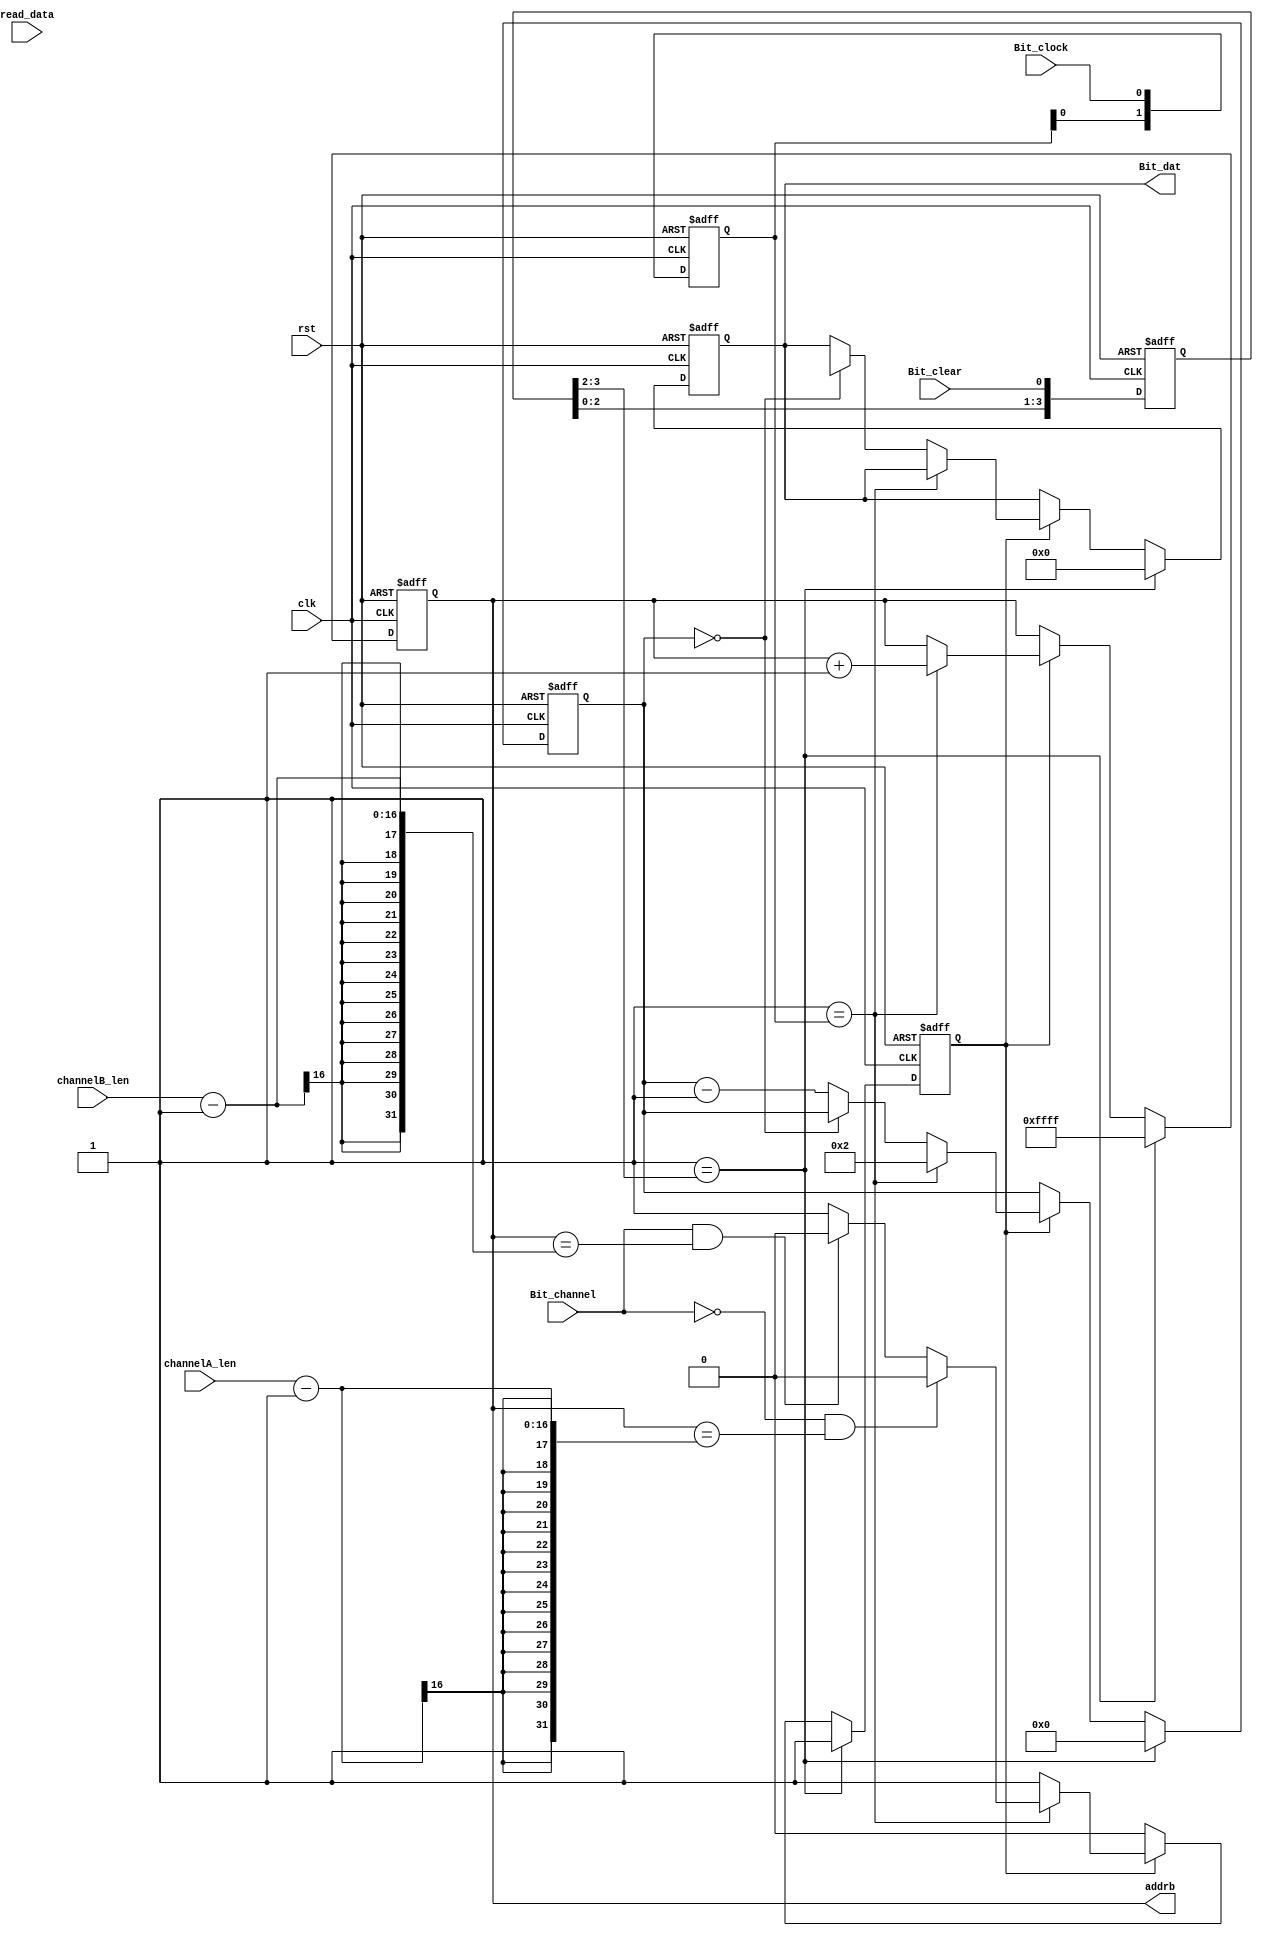
module ADC_slaver_read(  
    input	rst,  
    input	clk,

	input	Bit_clock,
	input 	Bit_clear,
	input 	Bit_channel,
	input [15:0] channelA_len,
	input [15:0] channelB_len,
	input [23:0] read_data,
	output reg [15:0] addrb,
	output reg [11:0] Bit_dat
    );

	reg clk_ext;
	reg [7:0]	count;
	reg [3:0]	read_en;
	reg [3:0]	clk_delay;
  	always@(posedge clk or negedge rst)
	begin
		if (1'b0 == rst)
		begin
			clk_ext		<= 1'b0;
			read_en		<= 4'h0;
			clk_delay	<= 4'h0;						
			count		<= 8'h00;
			addrb		<= 16'h0000;	
			Bit_dat		<= 12'h000;
		end
		else
		begin
			read_en		<= {read_en[2:0],Bit_clear};
			clk_delay	<= {clk_delay[2:0],Bit_clock};
			if (2'b01 == read_en[3:2])
			begin
				clk_ext		<= 1'b1;
				count		<= 8'h00;
				addrb 		<= 16'hFFFF;
				Bit_dat		<= 12'h000;
			end
			else if (1'b1 == clk_ext)
			begin
				if (2'b01 == clk_delay[1:0])
				begin
					count	<= 8'h02;
					addrb	<= addrb + 1'b1;
					if ((1'b0 == Bit_channel) && (addrb == channelA_len-1))
						clk_ext	<= 1'b0;
					else if ((1'b1 == Bit_channel) && (addrb == channelB_len-1))
						clk_ext	<= 1'b0;
				end
				else
				begin
					if (8'h0 == count)
					begin	
						if (1'b0 == Bit_channel)
							Bit_dat	<= doutb[11:0];
						else
							Bit_dat	<= doutb[23:12];
					end
					else
						count	<= count - 1'b1;
				end
			end
		end
	end

endmodule